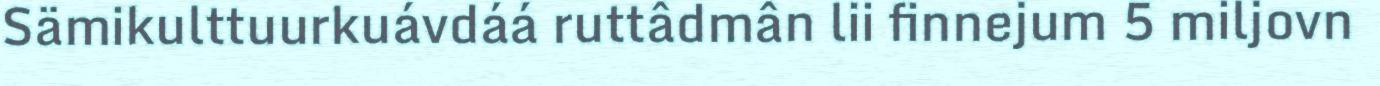
Sämikulttuurkuávdáá ruttâdmân lii finnejum 5 miljovn